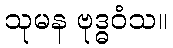
သုမန ဗုဒ္ဓဝံသ။